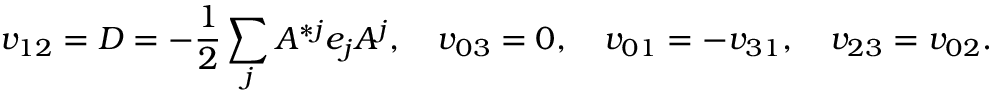
v _ { 1 2 } = D = - { \frac { 1 } { 2 } } \sum _ { j } A ^ { * j } e _ { j } A ^ { j } , \quad v _ { 0 3 } = 0 , \quad v _ { 0 1 } = - v _ { 3 1 } , \quad v _ { 2 3 } = v _ { 0 2 } .